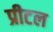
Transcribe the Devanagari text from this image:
प्रीटल